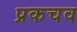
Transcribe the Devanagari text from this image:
प्रकचव